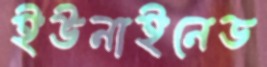
ইউনাইনেড